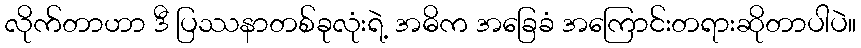
လိုက်တာဟာ ဒီ ပြဿနာတစ်ခုလုံးရဲ့ အဓိက အခြေခံ အကြောင်းတရားဆိုတာပါပဲ။